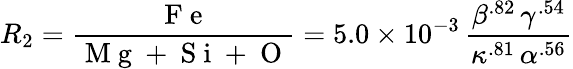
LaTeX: R_{2}=\frac{\mathrm{~F~e~}}{\mathrm{~M~g~+~S~i~+~O~}}=5.0\times 10^{-3}\, \frac{\beta^{.82}\, \gamma^{.54}}{\kappa^{.81}\, \alpha^{.56}}